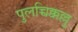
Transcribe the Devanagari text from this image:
पुलच्चिक्कल्लु